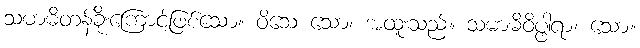
သမာဓိတန်ခိုးကြောင့်ဖြစ်သော။ ဝိသေ သော၊ အထူးသည်။ သမာဓိဝိပ္ဖါရာ၊ သော။